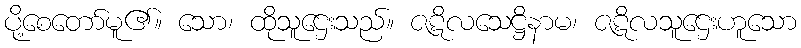
ပို့စေတော်မူ၏။ သော၊ ထိုသူဌေးသည်။ ဇဋိလသေဋ္ဌိနာမ၊ ဇဋိလသူဌေးဟူသော